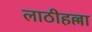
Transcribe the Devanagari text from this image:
लाठीहल्ला